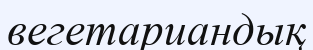
вегетариандық